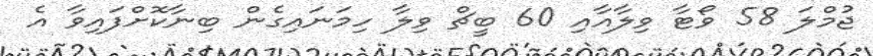
ޖުމްލަ 58 ވޯޓާ ވިލާއާއި 60 ބީޗް ވިލާ ހިމަނައިގެން ބިނާކޮށްފައިވާ އެ